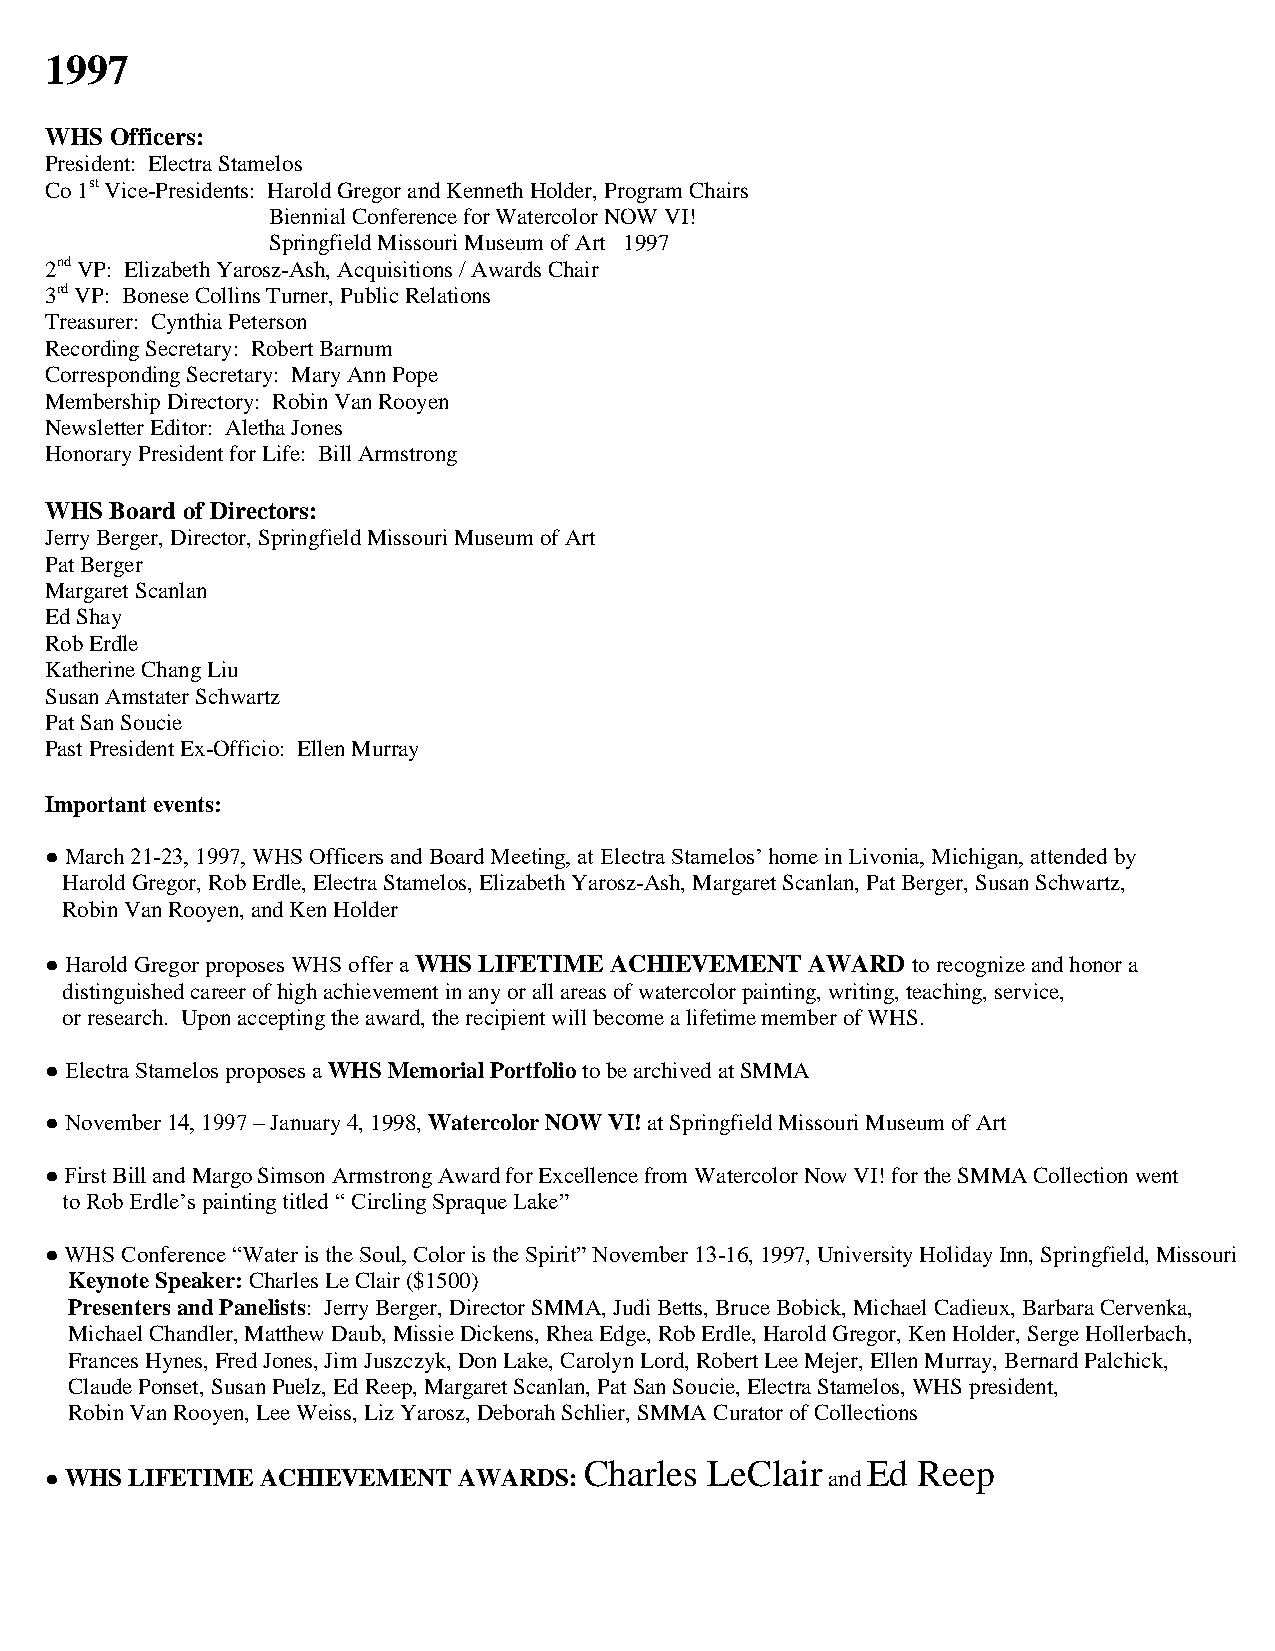
1997
 WHS Officers:
 President: Electra Stamelos
 Co 1st Vice-Presidents: Harold Gregor and Kenneth Holder, Program Chairs
 Biennial Conference for Watercolor NOW VI!
 Springfield Missouri Museum of Art 1997
 2nd VP: Elizabeth Yarosz-Ash, Acquisitions / Awards Chair
 3rd VP: Bonese Collins Turner, Public Relations
 Treasurer: Cynthia Peterson
 Recording Secretary: Robert Barnum
 Corresponding Secretary: Mary Ann Pope
 Membership Directory: Robin Van Rooyen
 Newsletter Editor: Aletha Jones
 Honorary President for Life: Bill Armstrong
 WHS Board of Directors:
 Jerry Berger, Director, Springfield Missouri Museum of Art
 Pat Berger
 Margaret Scanlan
 Ed Shay
 Rob Erdle
 Katherine Chang Liu
 Susan Amstater Schwartz
 Pat San Soucie
 Past President Ex-Officio: Ellen Murray
 Important events:
 ● March 21-23, 1997, WHS Officers and Board Meeting, at Electra Stamelos’ home in Livonia, Michigan, attended by
 Harold Gregor, Rob Erdle, Electra Stamelos, Elizabeth Yarosz-Ash, Margaret Scanlan, Pat Berger, Susan Schwartz,
 Robin Van Rooyen, and Ken Holder
 ● Harold Gregor proposes WHS offer a WHS LIFETIME ACHIEVEMENT AWARD to recognize and honor a
 distinguished career of high achievement in any or all areas of watercolor painting, writing, teaching, service,
 or research. Upon accepting the award, the recipient will become a lifetime member of WHS.
 ● Electra Stamelos proposes a WHS Memorial Portfolio to be archived at SMMA
 ● November 14, 1997 – January 4, 1998, Watercolor NOW VI! at Springfield Missouri Museum of Art
 ● First Bill and Margo Simson Armstrong Award for Excellence from Watercolor Now VI! for the SMMA Collection went
 to Rob Erdle’s painting titled “ Circling Spraque Lake”
 ● WHS Conference “Water is the Soul, Color is the Spirit” November 13-16, 1997, University Holiday Inn, Springfield, Missouri
 Keynote Speaker: Charles Le Clair ($1500)
 Presenters and Panelists: Jerry Berger, Director SMMA, Judi Betts, Bruce Bobick, Michael Cadieux, Barbara Cervenka,
 Michael Chandler, Matthew Daub, Missie Dickens, Rhea Edge, Rob Erdle, Harold Gregor, Ken Holder, Serge Hollerbach,
 Frances Hynes, Fred Jones, Jim Juszczyk, Don Lake, Carolyn Lord, Robert Lee Mejer, Ellen Murray, Bernard Palchick,
 Claude Ponset, Susan Puelz, Ed Reep, Margaret Scanlan, Pat San Soucie, Electra Stamelos, WHS president,
 Robin Van Rooyen, Lee Weiss, Liz Yarosz, Deborah Schlier, SMMA Curator of Collections
 Charles LeClair   Ed  Reep
 ● WHS LIFETIME ACHIEVEMENT AWARDS:                  and